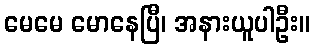
မေမေ မောနေပြီ၊ အနားယူပါဦး။